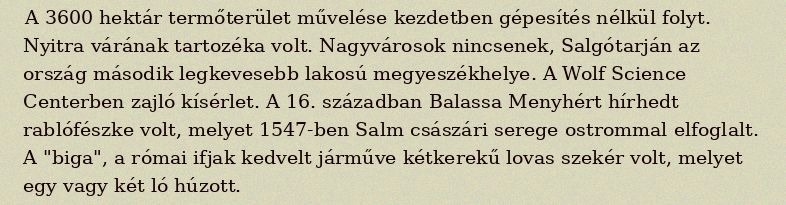
A 3600 hektár termőterület művelése kezdetben gépesítés nélkül folyt. Nyitra várának tartozéka volt. Nagyvárosok nincsenek, Salgótarján az ország második legkevesebb lakosú megyeszékhelye. A Wolf Science Centerben zajló kísérlet. A 16. században Balassa Menyhért hírhedt rablófészke volt, melyet 1547-ben Salm császári serege ostrommal elfoglalt. A "biga", a római ifjak kedvelt járműve kétkerekű lovas szekér volt, melyet egy vagy két ló húzott.